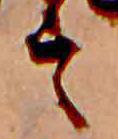
言